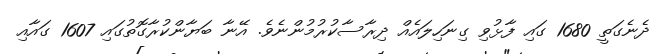
ދެނެގަތީ 1680 ގައި ފާޅުވި ގިނަހިލައެއް ދިރާސާކުރުމުންނެވެ. އޭނާ ބަޔާންކުރާގޮތުގައި 1607 ގައާއި